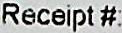
RECEIPT #: